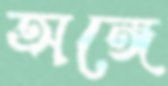
অঙ্গে